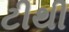
ટીથી